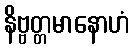
နိဗ္ဗတ္တမာနောဟံ